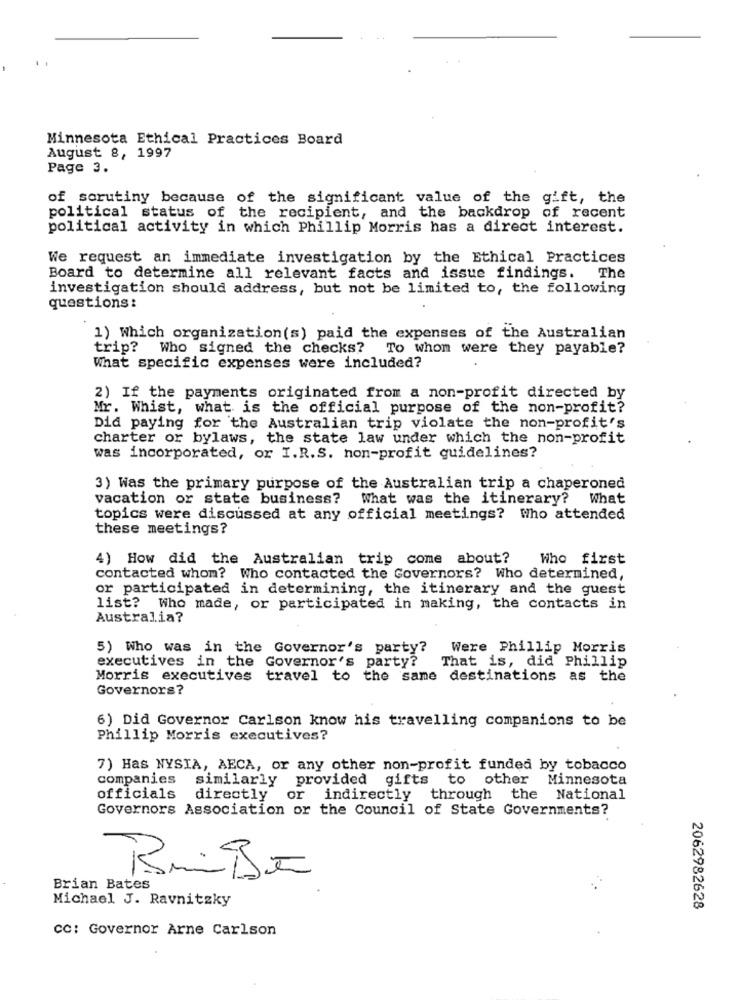
Minnesota Ethical Practices Board
August 8, 1997
Page 3.
of scrutiny because of the significant value of the gift, the
political status of the recipient, and the backdrop of recent
political activity in which Phillip Morris has a direct interest.
We request an immediate investigation by the Ethical Practices
The
Board to determine all relevant facts and issue findings.
investigation should address, but not be limited to, the following
questions:
1) Which organization(s) paid the expenses of the Australian
trip? Who signed the checks? To whom were they payable?
What specific expenses were included?
2) If the payments originated from a non-profit directed by
Mr. Whist, what is the official purpose of the non-profit?
Did paying for the Australian trip violate the non-profit's
charter or bylaws, the state law under which the non-profit
was incorporated, or I.R.S. non-profit guidelines?
3) Was the primary purpose of the Australian trip a chaperoned
vacation or state business? What was the itinerary? What
topics were discussed at any official meetings? Who attended
these meetings?
4) How did the Australian trip come about?
Who first
contacted whom? Who contacted the Governors? Who determined,
or participated in determining, the itinerary and the guest
list? Who made, or participated in making, the contacts in
Australia?
5) Who was in the Governor's party? Were Phillip Morris
executives in the Governor's party?
That is, did Phillip
Morris executives travel to the same destinations as the
Governors?
6) Did Governor Carlson know his travelling companions to be
Phillip Morris executives?
7) Has NYSIA, AECA, or any other non-profit funded by tobacco
companies
similarly provided gifts to other Minnesota
officials
directly
or indirectly through the National
Governors Association or the Council of State Governments?
Brian Bates
Michael J. Ravnitzky
2062982628
CC: Governor Arne Carlson